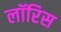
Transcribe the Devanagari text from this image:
लॉरिस